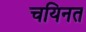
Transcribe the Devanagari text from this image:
चयिनत